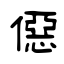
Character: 僫